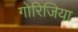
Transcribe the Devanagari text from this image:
गोरिजिया